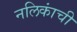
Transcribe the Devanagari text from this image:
नलिकांची